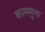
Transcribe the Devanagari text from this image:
काममुक्त